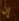
إن